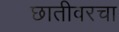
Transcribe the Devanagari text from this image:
छातीवरचा